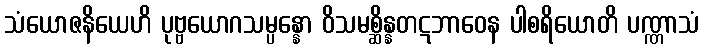
သံယောဇနိယေဟိ ပုဗ္ဗယောဂသမ္ပန္နော ဝိသမစ္ဆိန္နတဋဘာဝေန ပါစရိယောတိ ပဏ္ဏာသံ